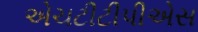
એચટીટીપીએસ